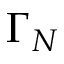
\Gamma _ { N }